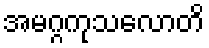
အမဂ္ဂကုသလောတိ